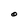
Character: O